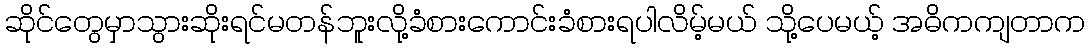
ဆိုင်တွေမှာသွားဆိုးရင်မတန်ဘူးလို့ခံစားကောင်းခံစားရပါလိမ့်မယ် သို့ပေမယ့် အဓိကကျတာက